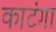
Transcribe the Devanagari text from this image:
काटंगा